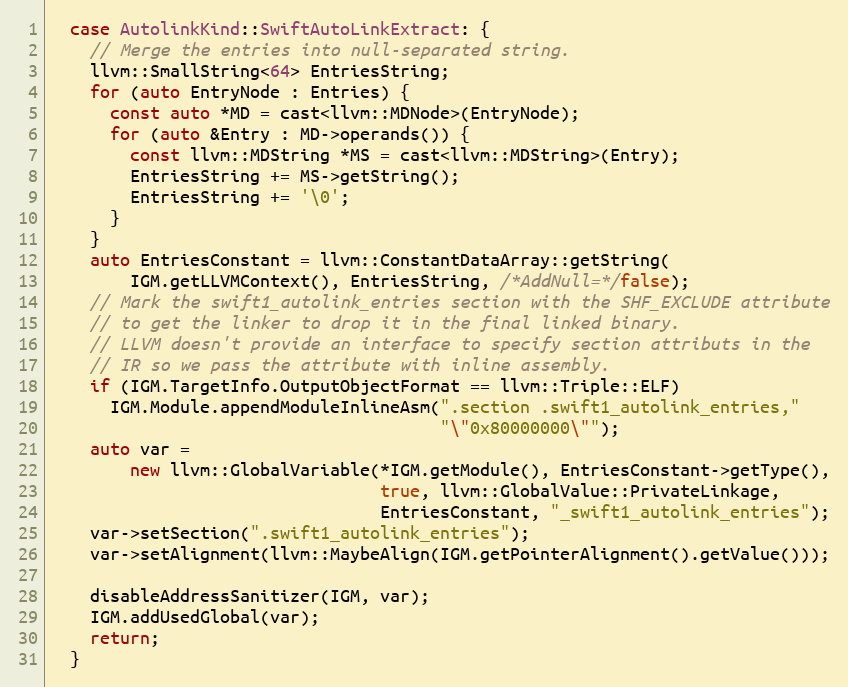
Language: C++
  case AutolinkKind::SwiftAutoLinkExtract: {
    // Merge the entries into null-separated string.
    llvm::SmallString<64> EntriesString;
    for (auto EntryNode : Entries) {
      const auto *MD = cast<llvm::MDNode>(EntryNode);
      for (auto &Entry : MD->operands()) {
        const llvm::MDString *MS = cast<llvm::MDString>(Entry);
        EntriesString += MS->getString();
        EntriesString += '\0';
      }
    }
    auto EntriesConstant = llvm::ConstantDataArray::getString(
        IGM.getLLVMContext(), EntriesString, /*AddNull=*/false);
    // Mark the swift1_autolink_entries section with the SHF_EXCLUDE attribute
    // to get the linker to drop it in the final linked binary.
    // LLVM doesn't provide an interface to specify section attributs in the
    // IR so we pass the attribute with inline assembly.
    if (IGM.TargetInfo.OutputObjectFormat == llvm::Triple::ELF)
      IGM.Module.appendModuleInlineAsm(".section .swift1_autolink_entries,"
                                       "\"0x80000000\"");
    auto var =
        new llvm::GlobalVariable(*IGM.getModule(), EntriesConstant->getType(),
                                 true, llvm::GlobalValue::PrivateLinkage,
                                 EntriesConstant, "_swift1_autolink_entries");
    var->setSection(".swift1_autolink_entries");
    var->setAlignment(llvm::MaybeAlign(IGM.getPointerAlignment().getValue()));

    disableAddressSanitizer(IGM, var);
    IGM.addUsedGlobal(var);
    return;
  }